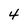
Character: 4